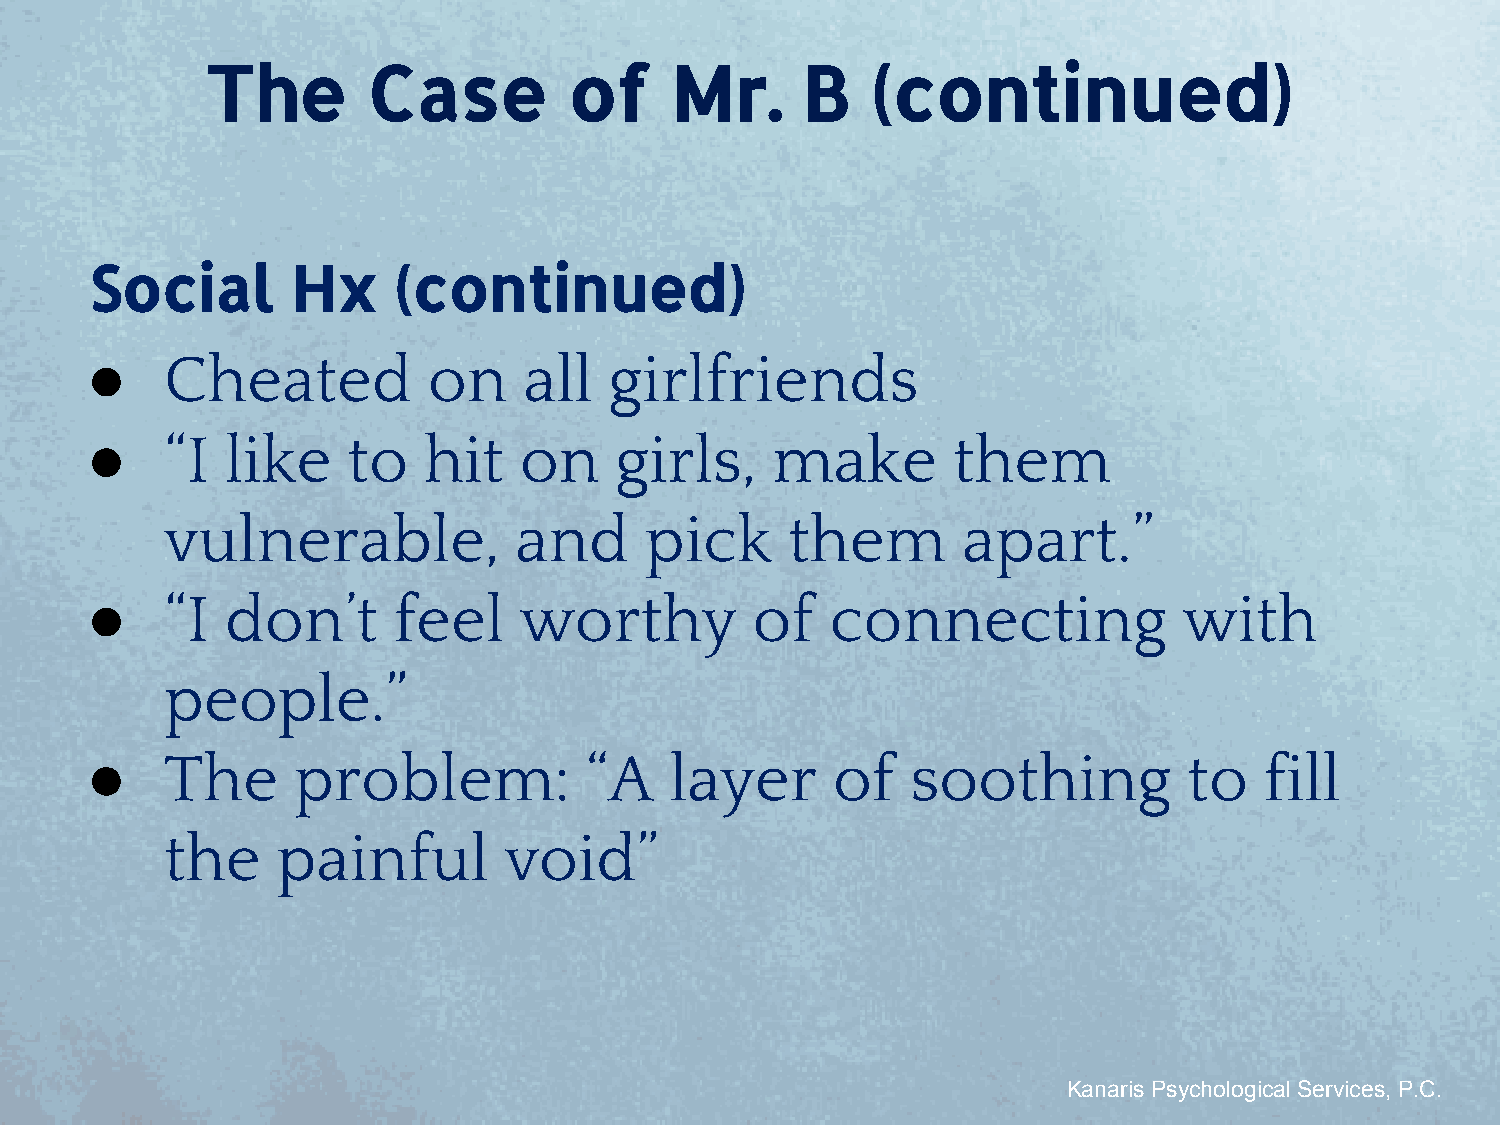
The       Case          of    Mr.      B    (continued)
 Social       Hx     (continued)
 ●    Cheated          on     all  girlfriends
 ●    “I  like    to   hit   on     girls,    make        them
 vulnerable,            and      pick     them        apart.”
 ●    “I  don’t      feel    worthy          of   connecting             with
 people.”
 ●    The     problem:            “A   layer      of   soothing           to   fill
 the    painful        void”
 Kanaris Psychological Services, P.C.